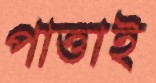
পাত্তাই